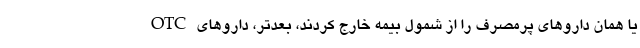
OTC یا همان داروهای پرمصرف را از شمول بیمه خارج کردند، بعدتر، داروهای